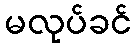
မလုပ်ခင်